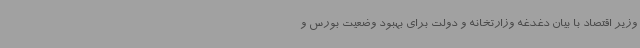
وزیر اقتصاد با بیان دغدغه وزارتخانه و دولت برای بهبود وضعیت بورس و